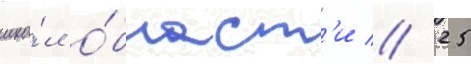
шко́л о́бласт'и // 25